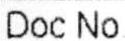
DOC NO.